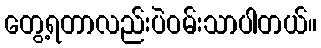
တွေ့ရတာလည်းပဲဝမ်းသာပါတယ်။